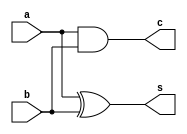
module halfAdder_b(
    input a, b,
    output reg c, s
    );
    always @(a, b)
    begin
    c = a & b;
    s = a ^ b;
    end
endmodule